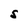
Character: S